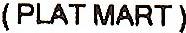
(PLAT MART)